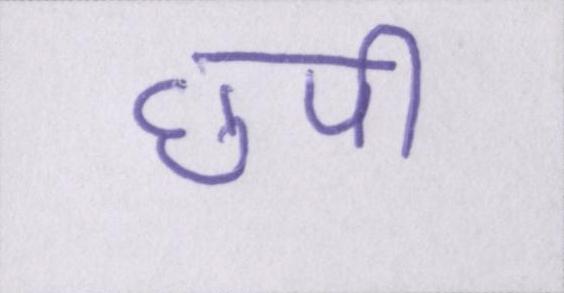
छपी